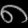
Digit: ၈